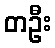
တဦး